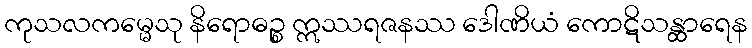
ကုသလကမ္မေသု နိရောဓဉ္စ ဣဿရဇနဿ ဒေါဏိယံ ကောဋိသန္ထာရေန